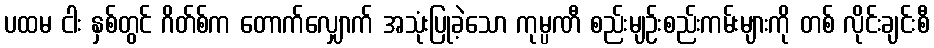
ပထမ ငါး နှစ်တွင် ဂိတ်စ်က တောက်လျှောက် အသုံးပြုခဲ့သော ကုမ္ပဏီ စည်းမျဉ်းစည်းကမ်းများကို တစ် လိုင်းချင်းစီ